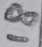
Text: 18